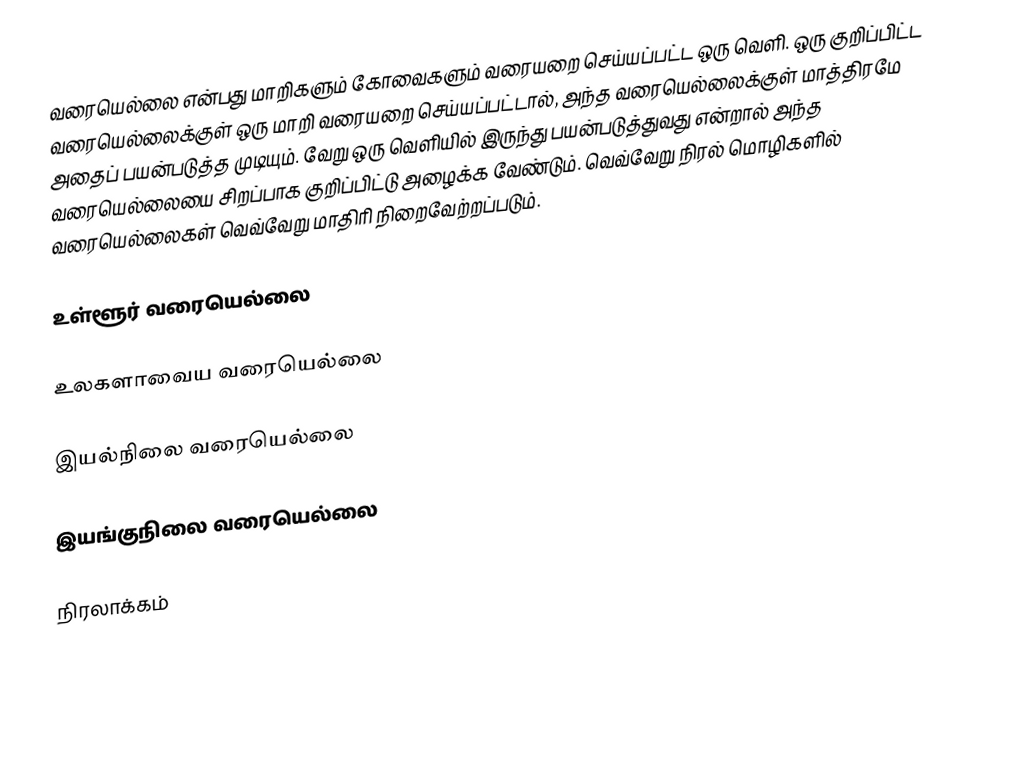
வரையெல்லை என்பது மாறிகளும் கோவைகளும் வரையறை செய்யப்பட்ட ஒரு வெளி. ஒரு குறிப்பிட்ட வரையெல்லைக்குள் ஒரு மாறி வரையறை செய்யப்பட்டால், அந்த வரையெல்லைக்குள் மாத்திரமே அதைப் பயன்படுத்த முடியும். வேறு ஒரு வெளியில் இருந்து பயன்படுத்துவது என்றால் அந்த வரையெல்லையை சிறப்பாக குறிப்பிட்டு அழைக்க வேண்டும். வெவ்வேறு நிரல் மொழிகளில் வரையெல்லைகள் வெவ்வேறு மாதிரி நிறைவேற்றப்படும்.

உள்ளூர் வரையெல்லை

உலகளாவைய வரையெல்லை

இயல்நிலை வரையெல்லை

இயங்குநிலை வரையெல்லை

நிரலாக்கம்

en:Scope (programming)